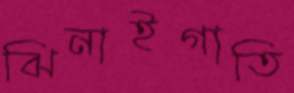
ঝিনাইগাতি